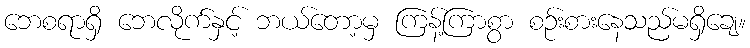
ဘေစရာရှိ ဘေလိုက်နှင့် ဘယ်တော့မှ ကြန့်ကြာစွာ စဉ်းစားနေသည်မရှိချေ။